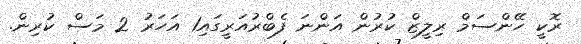
ރޮކީ ހޭންސަމް ރިލީޒް ކުރުން އަންނަ ފެބްރުއަރީގައި1 އަހަރު 2 މަސް ކުރިން.